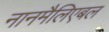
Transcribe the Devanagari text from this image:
नानमैलिएबल